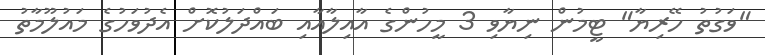
"ވަގުތު ހޭރިޔާ" ޓީމުން ނިޔާވި 3 މީހުންގެ އާއިލާއާއި ބައްދަލުކޮށް އެދުވަހުގެ މައުލޫމާތު